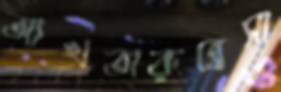
আখতারুন্নেসা